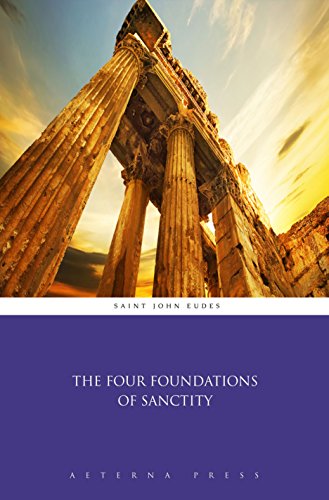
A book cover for The Four Foundations of Sanctity (Illustrated); Saint John Eudes; Christian Books & Bibles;